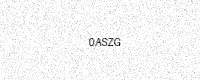
Text: 0ASZG